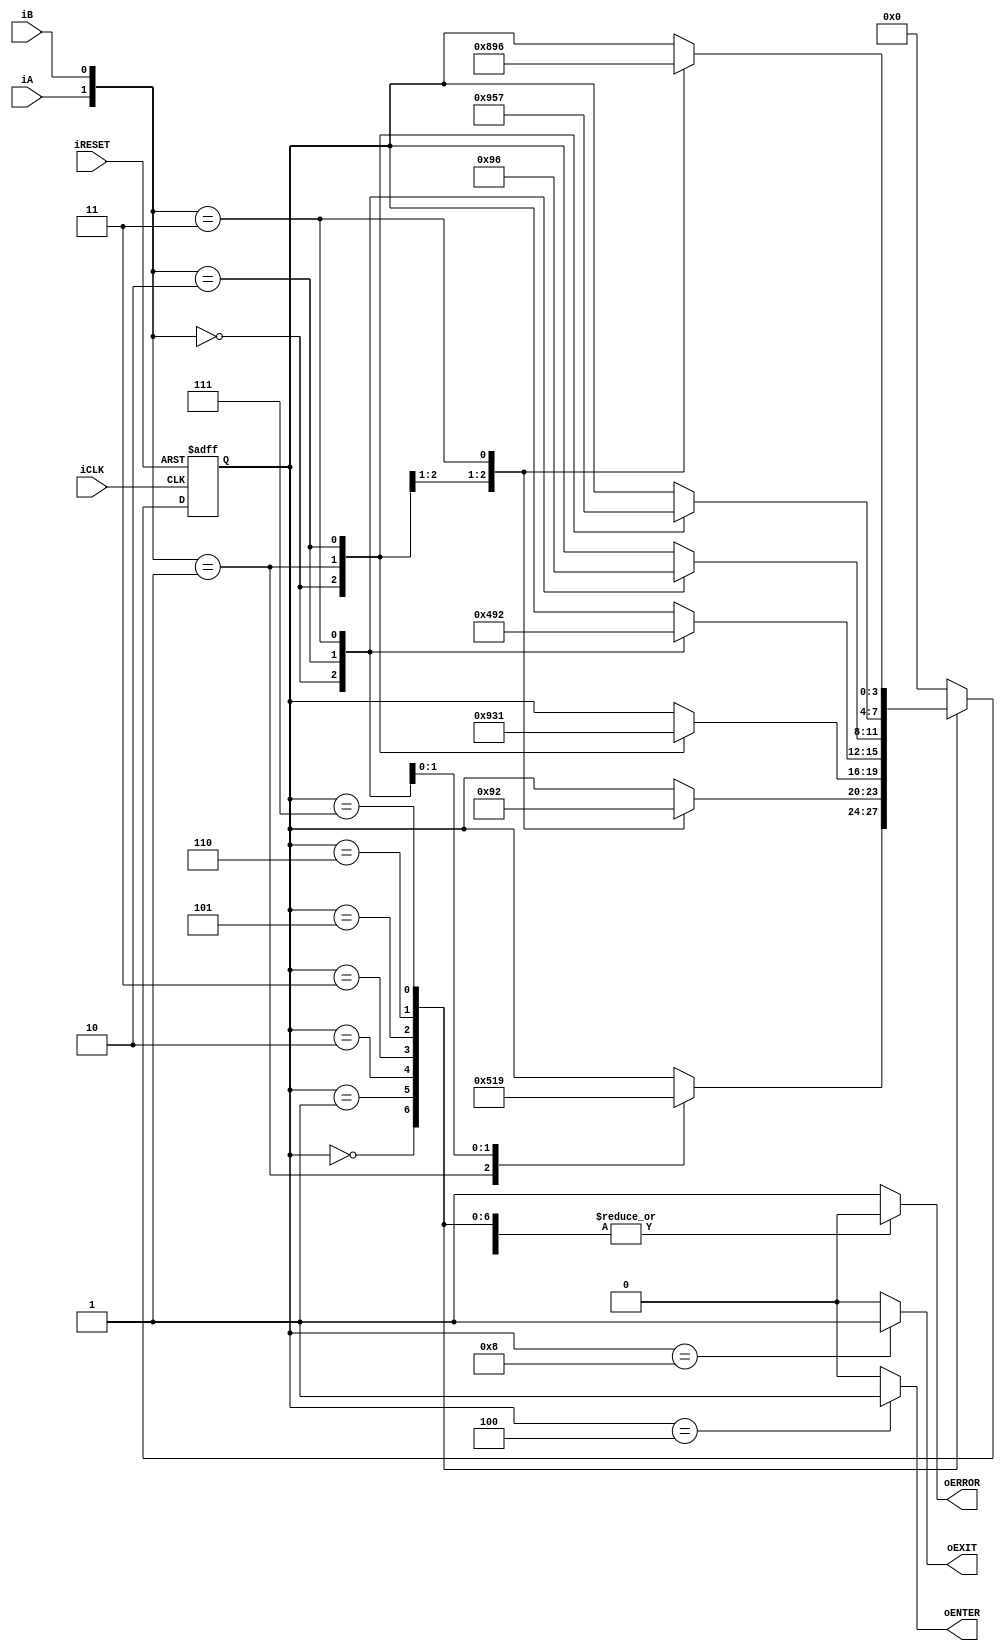
module parking_lot_counter
	(
		input wire iCLK, iRESET,
		input wire iA, iB,
		output reg oENTER, oEXIT, oERROR
	);
	
	localparam [3:0]
		idle    = 4'b0000,
		enter_0 = 4'b0001,
		enter_1 = 4'b0010,
		enter_2 = 4'b0011,
		entered = 4'b0100,
		exit_0  = 4'b0101,
		exit_1  = 4'b0110,
		exit_2  = 4'b0111,
		exited  = 4'b1000,
		error   = 4'b1001;

	reg [3:0] state_reg, state_next;

	always @(posedge iCLK, posedge iRESET)
		if (iRESET)
			state_reg <= idle;
		else
			state_reg <= state_next;

	always @*
	begin
		state_next = state_reg;
		oENTER = 1'b0;
		oEXIT = 1'b0;
		oERROR = 1'b0;

		case (state_reg)
			idle:
				case ({iA, iB})
					2'b01 : state_next = exit_0;
					2'b10 : state_next = enter_0;
					2'b11 : state_next = error;
				endcase
			enter_0:
				case ({iA, iB})
					2'b00 : state_next = idle; 
					2'b01 : state_next = error;
					2'b11 : state_next = enter_1;
				endcase
			enter_1:
				case ({iA, iB})
					2'b00 : state_next = error; 
					2'b01 : state_next = enter_2;
					2'b10 : state_next = enter_0;
				endcase
			enter_2:
				case ({iA, iB})
					2'b00 : state_next = entered; 
					2'b10 : state_next = error;
					2'b11 : state_next = enter_1;
				endcase
			entered:
				begin
					oENTER = 1'b1;
					state_next = idle;
				end
			exit_0:
				case ({iA, iB})
					2'b00 : state_next = idle; 
					2'b10 : state_next = error;
					2'b11 : state_next = exit_1;
				endcase
			exit_1:
				case ({iA, iB})
					2'b00 : state_next = error; 
					2'b01 : state_next = exit_0;
					2'b10 : state_next = exit_2;
				endcase
			exit_2:
				case ({iA, iB})
					2'b00 : state_next = exited; 
					2'b01 : state_next = error;
					2'b11 : state_next = exit_1;
				endcase
			exited:
				begin
					oEXIT = 1'b1;
					state_next = idle;
				end
			error:
				begin
					oERROR = 1'b1;
					state_next = idle;
				end
			default:
				begin
					oERROR = 1'b1;
					state_next = idle;
				end
		endcase
	end
endmodule